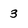
Character: 3